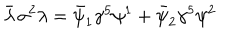
\bar { \lambda } \, \sigma ^ { 2 } \lambda = \bar { \psi } _ { 1 } \gamma ^ { 5 } \psi ^ { 1 } + \bar { \psi } _ { 2 } \gamma ^ { 5 } \psi ^ { 2 }